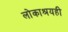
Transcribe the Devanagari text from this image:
लोकाश्रयही